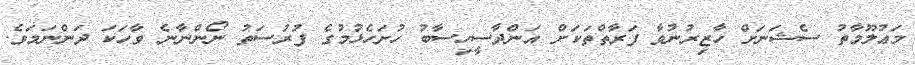
މަޢުލޫމާތު ސެޝަނަށް ހާޒިރުނުވާ ފަރާތްތަކަށް އަންދާސީހިސާބު ހުށަހެޅުމުގެ ފުރުސަތު ނޯންނާނެ ވާހަކަ ދަންނަމަވެ.